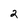
Character: 2